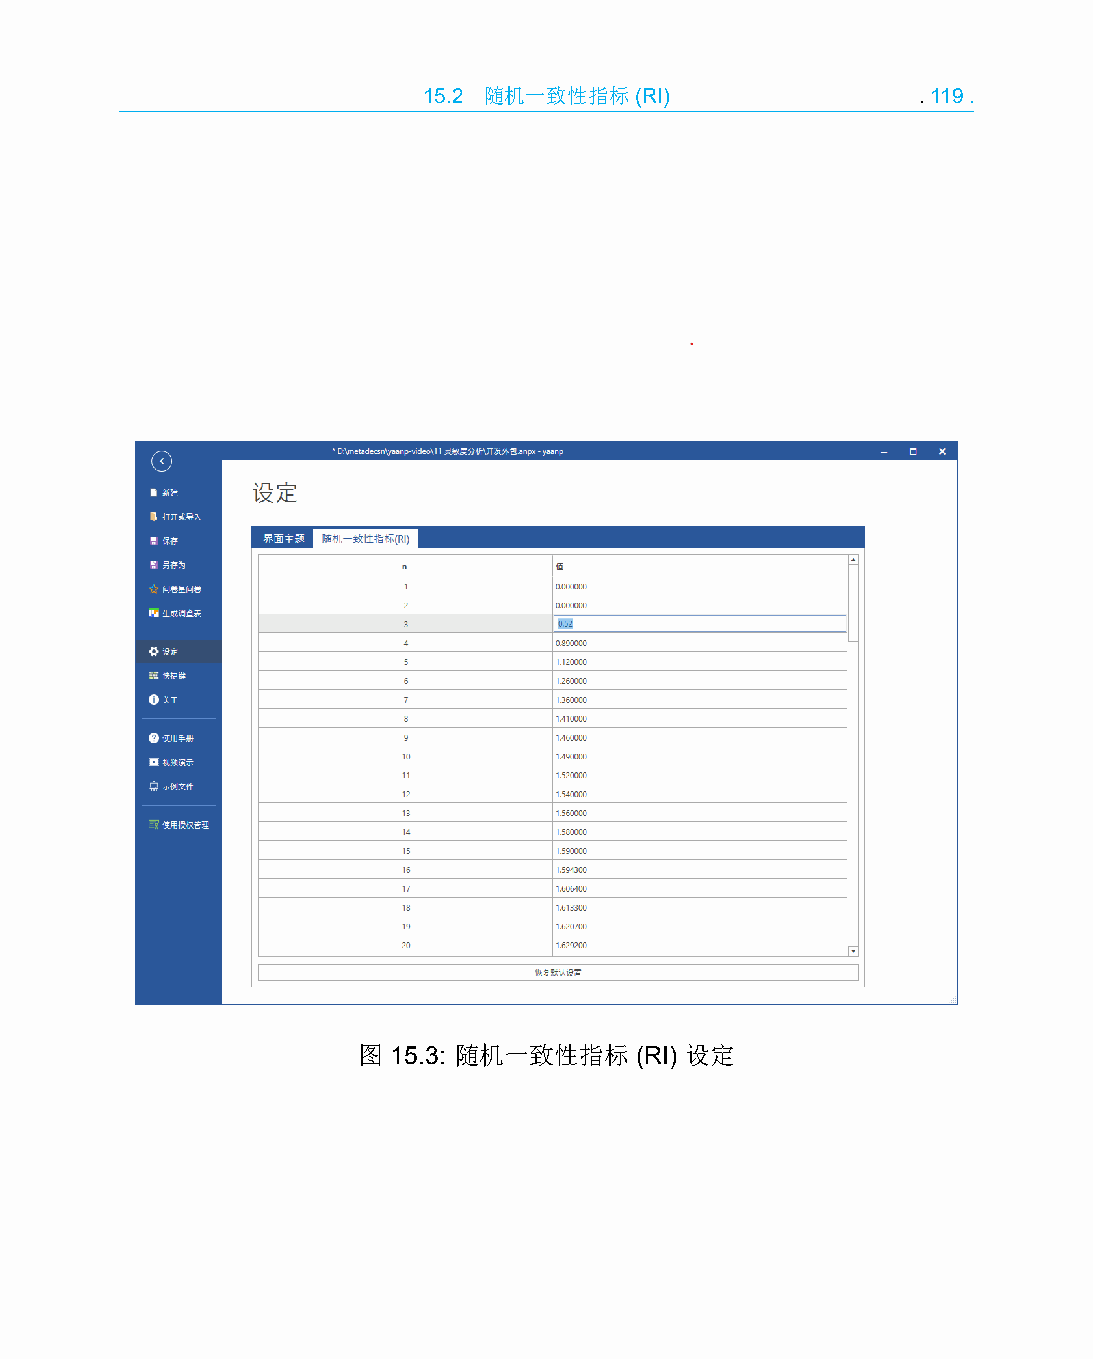
15.2 随机一致性指标(RI)                 .119.
 图 15.3: 随机一致性指标   (RI) 设定